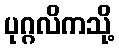
ပုဂ္ဂလိကသို့